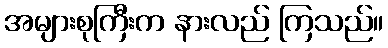
အများစုကြီးက နားလည် ကြသည်။